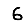
Digit: 6